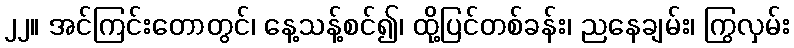
၂၂။ အင်ကြင်းတောတွင်၊ နေ့သန့်စင်၍၊ ထို့ပြင်တစ်ခန်း၊ ညနေချမ်း၊ ကြွလှမ်း